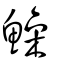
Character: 鱢